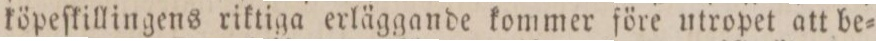
köpeſkillingens riktiga erläggande kommer före utropet att be=